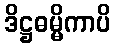
ဒိဋ္ဌဓမ္မိကာပိ